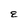
Character: E